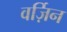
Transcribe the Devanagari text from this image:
वर्ज़िन